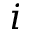
i